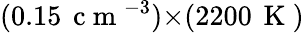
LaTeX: (0.15\, \mathrm{~c~m~}^{-3}){\times}(2200\, \mathrm{~K~})